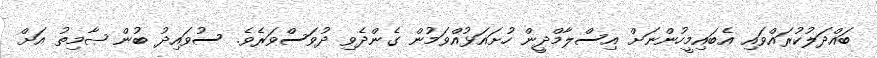
ބައްދަލުކުރައްވައި އެބައިމީހުންނަށް އިސްލާމްދީން ހުށައަޅުއްވަމުން ގެންދެވި ދުވަސްވަރެވެ. ސުވައިދު ބުން ޞާމިތު އަށް